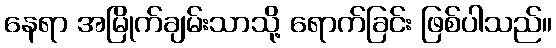
နေရာ အမြိုက်ချမ်းသာသို့ ရောက်ခြင်း ဖြစ်ပါသည်။